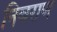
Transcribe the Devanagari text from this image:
निवराण